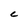
Character: C